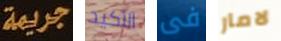
جريمة الأكيد فى لامار